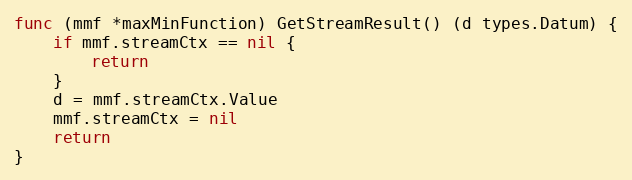
Language: Go
func (mmf *maxMinFunction) GetStreamResult() (d types.Datum) {
	if mmf.streamCtx == nil {
		return
	}
	d = mmf.streamCtx.Value
	mmf.streamCtx = nil
	return
}